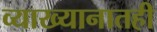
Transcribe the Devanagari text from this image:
व्याख्यानातही